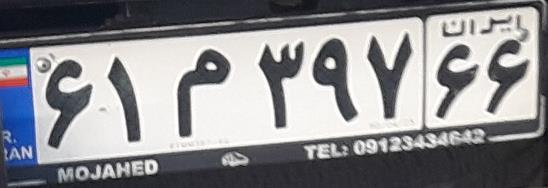
۶۱م۳۹۷۶۶